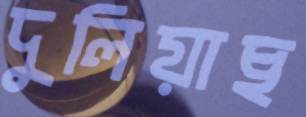
দুলিয়াছ